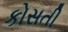
કોસતી